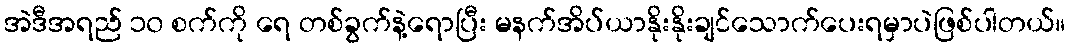
အဲဒီအရည် ၁၀ စက်ကို ရေ တစ်ခွက်နဲ့ရောပြီး မနက်အိပ်ယာနိုးနိုးချင်သောက်ပေးရမှာပဲဖြစ်ပါတယ်။